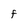
Character: f